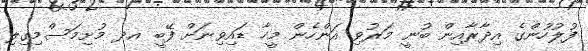
ފުލުހުންގެ އިދާރާއިން ބުނީ މަރުވި އަންހެން މީހާ ޑައިވިނަށް ފޭބީ އދ މުށިމަސްމިގިލި